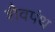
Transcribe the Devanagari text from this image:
शैवपंथ